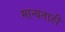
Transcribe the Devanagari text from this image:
मान्यताही